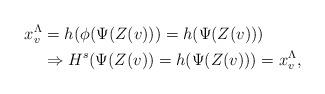
LaTeX: \begin{align*}x^\Lambda_v & = h(\phi(\Psi(Z(v))) = h (\Psi(Z(v)))\\& \Rightarrow H^s(\Psi(Z(v)) = h(\Psi(Z(v))) = x^\Lambda_v,\end{align*}